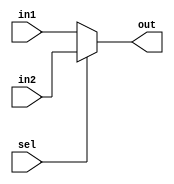
//Pramod Srinivasan
//2010A3PS190P
//Advanced Computer Organization
//Code for Single Cycle Implementation and Multicycle Controller

module mux_2to1( in1 , in2, sel, out );
  input [31:0] in1, in2;
  input sel;
  output [31:0]out;
  reg [31:0]out;
  
  always @(in1 or in2 or sel)
    begin
      out=(~sel?in1:in2);
    end
 endmodule